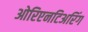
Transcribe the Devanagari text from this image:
ओरिएनटिअरिंग